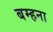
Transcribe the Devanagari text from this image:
बम्‍हना